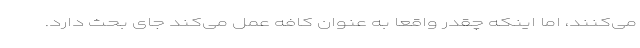
می‌کنند، اما اینکه چقدر واقعا به عنوان کافه عمل می‌کند جای بحث دارد.